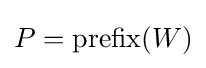
P={\text{prefix}}(W)